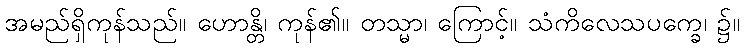
အမည်ရှိကုန်သည်။ ဟောန္တိ၊ ကုန်၏။ တသ္မာ၊ ကြောင့်။ သံကိလေသပက္ခေ၊ ၌။